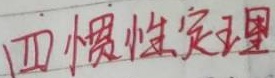
四 惯性定理